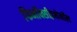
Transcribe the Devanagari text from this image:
फिनॉक्सीइथेनॉल